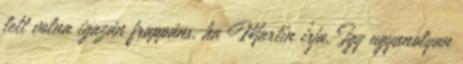
lett volna igazán frappáns, ha Martin írja. Így ugyanolyan